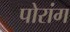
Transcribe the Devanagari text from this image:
पोरांग